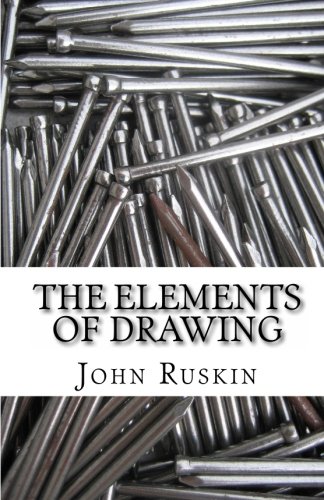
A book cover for The Elements of Drawing; John Ruskin; Arts & Photography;